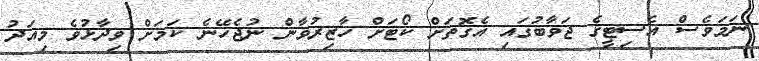
ނަމަވެސް އެސިޓީގެ ޖަވާބުގައި އެގޮތަށް ކޯޓަށް ހާޒިރުވާން ނުޖެހޭނެ ކަމަށް ވިދާޅުވެ މިއަދު